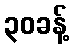
၃၀ခန့်